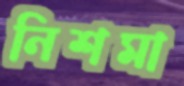
নিশমা